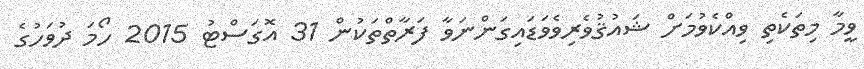
ވީމާ މިތަކެތި ވިއްކެވުމަށް ޝައުޤުވެރިވެވަޑައިގަންނަވާ ފަރާތްތަކުން 31 އޮގަސްޓު 2015 ހޯމަ ދުވަހުގެ